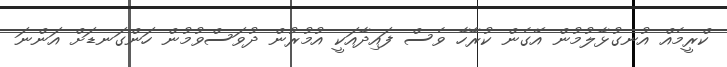
ކްރީމެއް އުނގުޅާލުމުން އޭގެން ކުރާހާ ވެސް ފައިދާއަކީ އުމުރުން ދުވަސްވުމުން ހަންގަނޑަށް އަންނަ